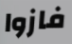
فازوا